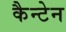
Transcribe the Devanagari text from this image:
कैन्टेन